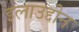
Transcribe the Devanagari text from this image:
इलाउद्दीन